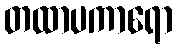
တထာပကာရော